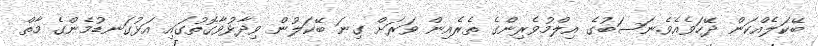
ބޭކަލެއްކަން ދޭހަވެއެވެ.ނަސަބުގެ އިލްމުވެރިންގެ ތެރެއިން ވަރަށް ގިނަ ބޭކަލުން ވިދާޅުވާގޮތުގައި އަޅުގަނޑުމެންގެ މާތް